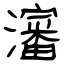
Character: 瀋